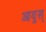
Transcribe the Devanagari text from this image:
आयुस्‌